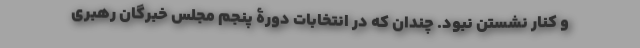
و کنار نشستن نبود. چندان که در انتخابات دورۀ پنجم مجلس خبرگان رهبری